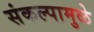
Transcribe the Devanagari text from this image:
संकल्पामुळे